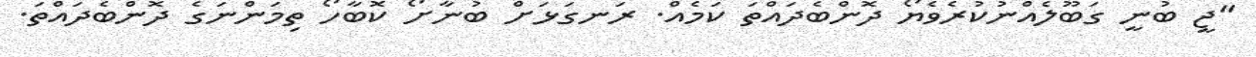
"ޖީ ބުނީ ގަބޫލެއްނުކުރެވެޔޯ ދޮންބެދައްތަ ކަމެއް. ރަނގަޅަށް ބުނާށޯ ކޮބާހޯ ތިމަންނަގެ ދޮންބެދައްތަ.